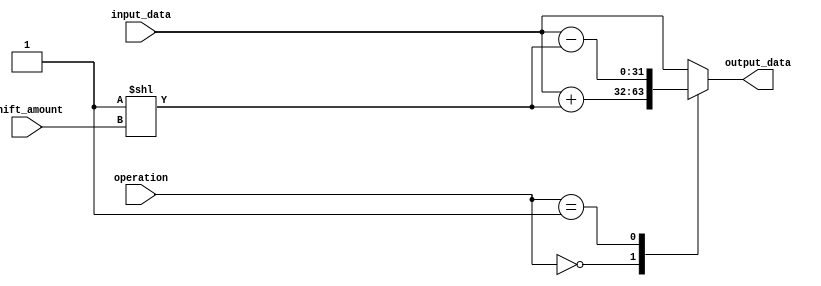
module barrel_shifter (
    input [31:0] input_data,
    input [3:0] shift_amount,
    input [1:0] operation,
    output [31:0] output_data
);

reg [31:0] intermediate_data;

// Arithmetic block for addition operation
always @*
begin
    case (operation)
        2'b00: intermediate_data = input_data + (1 << shift_amount);
        2'b01: intermediate_data = input_data - (1 << shift_amount);
        default: intermediate_data = input_data; // No operation
    endcase
end

assign output_data = intermediate_data;

endmodule